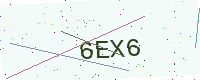
Text: 6EX6